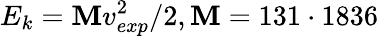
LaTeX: E_{k}=\mathbf{M}v_{exp}^{2}/2,\mathbf{M}=131\cdot1836